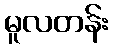
မူလတန်း